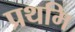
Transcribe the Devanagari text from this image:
प्रथमि